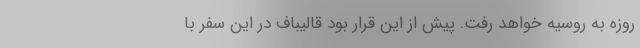
روزه به روسیه خواهد رفت. پیش از این قرار بود قالیباف در این سفر با